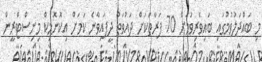
މި ބައްދަލުވުމުގައި ބައިވެރިވުމަށް 70 ފަރާތަކަށް ދައުވަތު ދީފައިވާނެ ކަމަށް އިކޮނޮމިކް މިނިސްޓްރީން